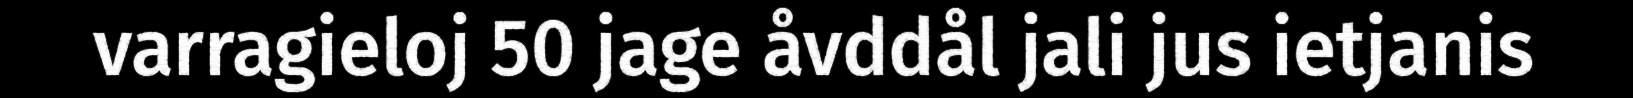
varragieloj 50 jage åvddål jali jus ietjanis